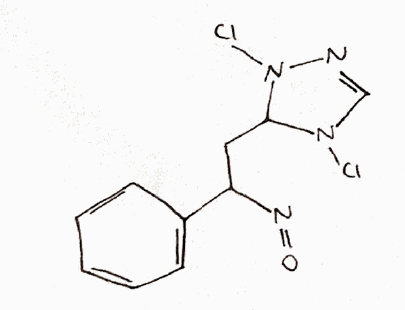
Simplified molecular-input line-entry system (SMILES) notation of the given molecule:
C1=CC=C(C=C1)C(CC2N(C=NN2Cl)Cl)N=O